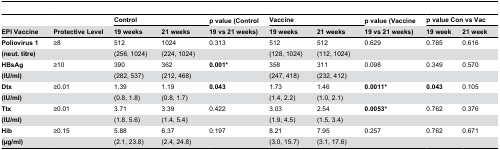
<table><thead><tr><td></td><td></td><td colspan="2"><b>Control</b></td><td><b>p value (Control</b></td><td colspan="2"><b>Vaccine</b></td><td><b>p value (Vaccine</b></td><td colspan="2"><b>p value Con vs Vac</b></td></tr><tr><td><b>EPI Vaccine</b></td><td><b>Protective Level</b></td><td><b>19 weeks</b></td><td><b>21 weeks</b></td><td><b>19 vs 21 weeks)</b></td><td><b>19 weeks</b></td><td><b>21 weeks</b></td><td><b>19 vs 21 weeks)</b></td><td><b>19 week</b></td><td><b>21 week</b></td></tr></thead><tbody><tr><td><b>Poliovirus 1</b></td><td>≥8</td><td>512</td><td>1024</td><td>0.313</td><td>512</td><td>512</td><td>0.629</td><td>0.765</td><td>0.616</td></tr><tr><td><b>(neut. titre)</b></td><td></td><td>(256, 1024)</td><td>(224, 1024)</td><td></td><td>(128, 1024)</td><td>(112, 1024)</td><td></td><td></td><td></td></tr><tr><td><b>HBsAg</b></td><td>≥10</td><td>390</td><td>362</td><td><b>0.001*</b></td><td>358</td><td>311</td><td>0.098</td><td>0.349</td><td>0.570</td></tr><tr><td><b>(IU/ml)</b></td><td></td><td>(282, 537)</td><td>(212, 468)</td><td></td><td>(247, 418)</td><td>(232, 412)</td><td></td><td></td><td></td></tr><tr><td><b>Dtx</b></td><td>≥0.01</td><td>1.39</td><td>1.19</td><td><b>0.043</b></td><td>1.73</td><td>1.46</td><td><b>0.0011*</b></td><td><b>0.043</b></td><td>0.105</td></tr><tr><td><b>(IU/ml)</b></td><td></td><td>(0.8, 1.8)</td><td>(0.8, 1.7)</td><td></td><td>(1.4, 2.2)</td><td>(1.0, 2.1)</td><td></td><td></td><td></td></tr><tr><td><b>Ttx</b></td><td>≥0.01</td><td>3.71</td><td>3.39</td><td>0.422</td><td>3.03</td><td>2.54</td><td><b>0.0053*</b></td><td>0.762</td><td>0.376</td></tr><tr><td><b>(IU/ml)</b></td><td></td><td>(1.8, 5.6)</td><td>(1.4, 5.4)</td><td></td><td>(1.9, 4.5)</td><td>(1.5, 3.4)</td><td></td><td></td><td></td></tr><tr><td><b>Hib</b></td><td>≥0.15</td><td>5.88</td><td>6.37</td><td>0.197</td><td>8.21</td><td>7.95</td><td>0.257</td><td>0.762</td><td>0.671</td></tr><tr><td><b>(μg/ml)</b></td><td></td><td>(2.1, 23.8)</td><td>(2.4, 24.8)</td><td></td><td>(3.0, 15.7)</td><td>(3.1, 17.6)</td><td></td><td></td><td></td></tr></tbody></table>